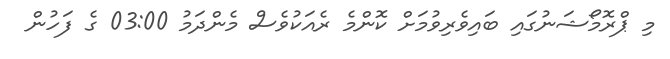
މި ޕްރޮމޯޝަނުގައި ބައިވެރިވުމަށް ކޮންމެ ރެއަކުވެސް މެންދަމު 03:00 ގެ ފަހުން